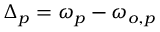
\Delta _ { p } = \omega _ { p } - \omega _ { o , p }